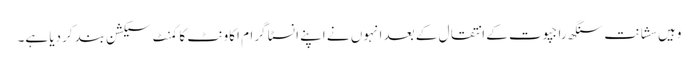
وہیں سشانت سنگھ راجپوت کے انتقال کے بعد انہوں نے اپنے انسٹا گرام اکاونٹ کا کمنٹ سیکشن بند کردیا ہے۔